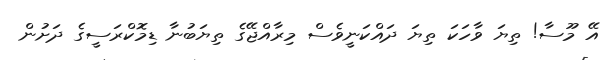
އޭ މޫސާ! ތިޔަ ވާހަކަ ތިޔަ ދައްކަނީވެސް މިރާއްޖޭގެ ތިޔަބުނާ ޑިމޮކްރަސީގެ ދަށުން